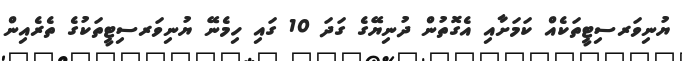
ޔުނިވަރސިޓީތަކެއް ކަމަށާއި އެގޮތުން ދުނިޔޭގެ ގަދަ 10 ގައި ހިމެނޭ ޔުނިވަރސިޓީތަކުގެ ތެރެއިން